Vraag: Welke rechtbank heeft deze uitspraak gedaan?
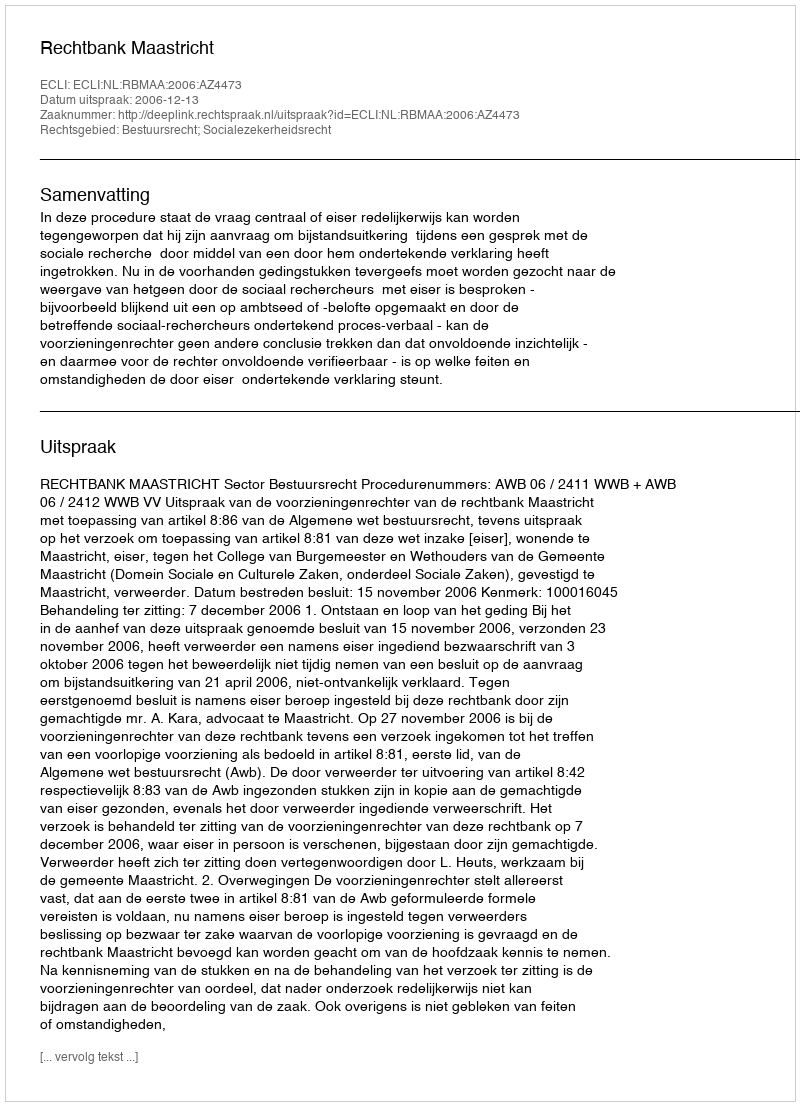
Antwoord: Rechtbank Maastricht